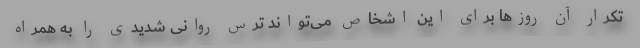
تکرار آن روزها برای این اشخاص می‌تواند ترس روانی شدیدی را به همراه